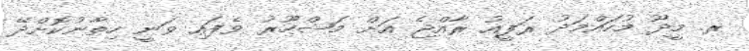
ރ. މީދޫ މުހައްމަދު ރަފީއު ރާއްޖެ އަށް މަޝްހޫރު ވެފައި ވަނީ ހިތާނުކޮށްދޭ